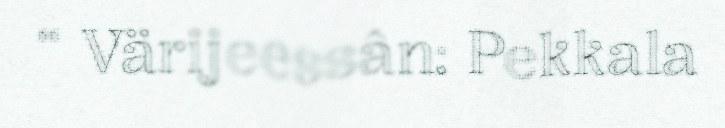
“ Värijeessân: Pekkala